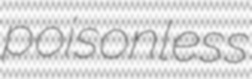
poisonless